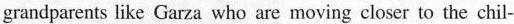
grandparents like Garza who are moving closer to the chil-